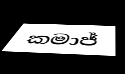
කමාජ්